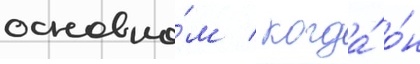
основно́м / когда́ о́н